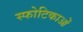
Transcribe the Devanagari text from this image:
स्फोटिकाओं